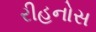
રીહનોસ